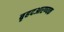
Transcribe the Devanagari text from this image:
बृहदआरण्यक